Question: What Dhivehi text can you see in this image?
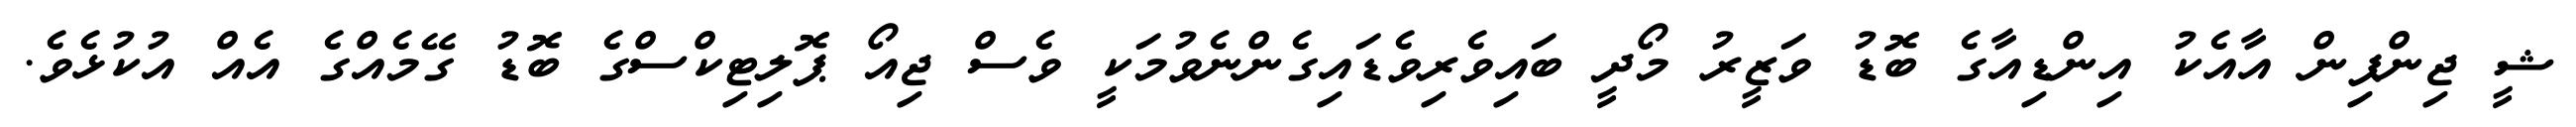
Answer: ޝީ ޖިންޕިން އާއެކު އިންޑިއާގެ ބޮޑު ވަޒީރު މޯދީ ބައިވެރިވެޑައިގެންނެވުމަކީ ވެސް ޖިއޯ ޕޮލިޓިކްސްގެ ބޮޑު ގޭމެއްގެ އެއް އުކުޅެވެ.